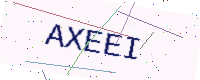
Text: AXEEI